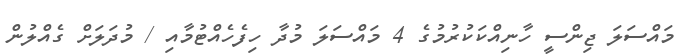
މައްސަލަ ޖިންސީ ހާނިއްކަކުރުމުގެ 4 މައްސަލަ މުދާ ހިފެހެއްޓުމާއި / މުދަލަށް ގެއްލުން